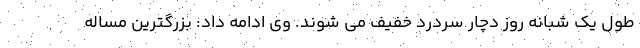
طول یک شبانه روز دچار سردرد خفیف می شوند. وی ادامه داد: بزرگترین مساله